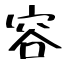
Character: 容